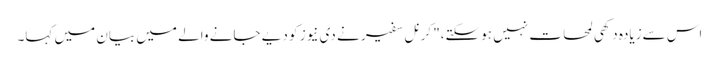
اس سےزیادہ دکھی لمحات نہیں ہوسکتے،" کرنل سفیر نے دی نیوز کو دیے جانے والے میں بیان میں کہا۔